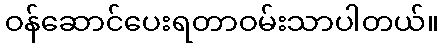
ဝန်ဆောင်ပေးရတာဝမ်းသာပါတယ်။